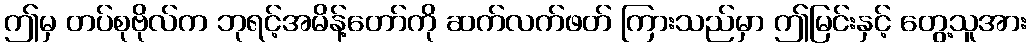
ဤမှ တပ်စုဗိုလ်က ဘုရင့်အမိန့်တော်ကို ဆက်လက်ဖတ် ကြားသည်မှာ ဤမြင်းနှင့် တွေ့သူအား